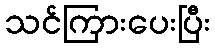
သင်ကြားပေးပြီး